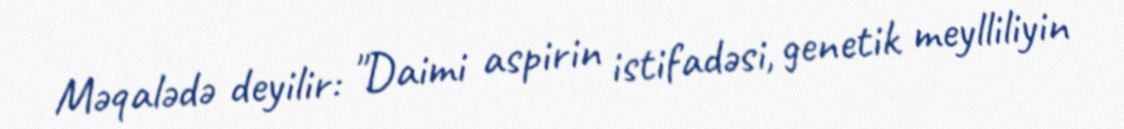
Məqalədə deyilir: "Daimi aspirin istifadəsi, genetik meylliliyin